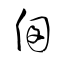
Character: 囱